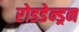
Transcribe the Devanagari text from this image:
रोडडेन्ड्रन